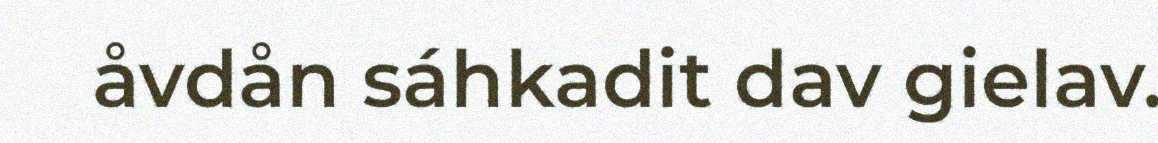
åvdån sáhkadit dav gielav.